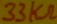
Text: 33KΩ